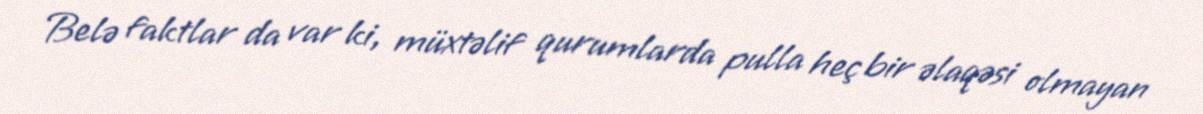
Belə faktlar da var ki, müxtəlif qurumlarda pulla heç bir əlaqəsi olmayan